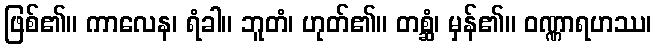
ဖြစ်၏။ ကာလေန၊ ရံခါ။ ဘူတံ၊ ဟုတ်၏။ တစ္ဆံ၊ မှန်၏။ ဝဏ္ဏာရဟဿ၊